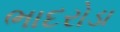
ભાદરોડા